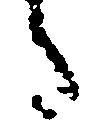
々